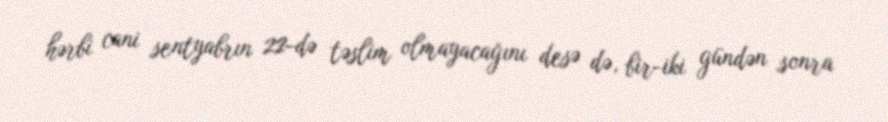
hərbi cani sentyabrın 22-də təslim olmayacağını desə də, bir-iki gündən sonra